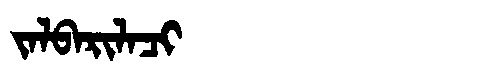
Manchu: ᠵᠠᠯᠪᠠᡵᡳᠯᠠᠴᡳ
Romanization: JALBARILACI